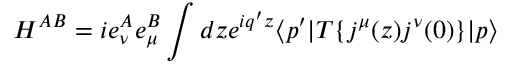
H ^ { A B } = i e _ { \nu } ^ { A } e _ { \mu } ^ { B } \int d z e ^ { i q ^ { \prime } z } \langle p ^ { \prime } | T \{ j ^ { \mu } ( z ) j ^ { \nu } ( 0 ) \} | p \rangle